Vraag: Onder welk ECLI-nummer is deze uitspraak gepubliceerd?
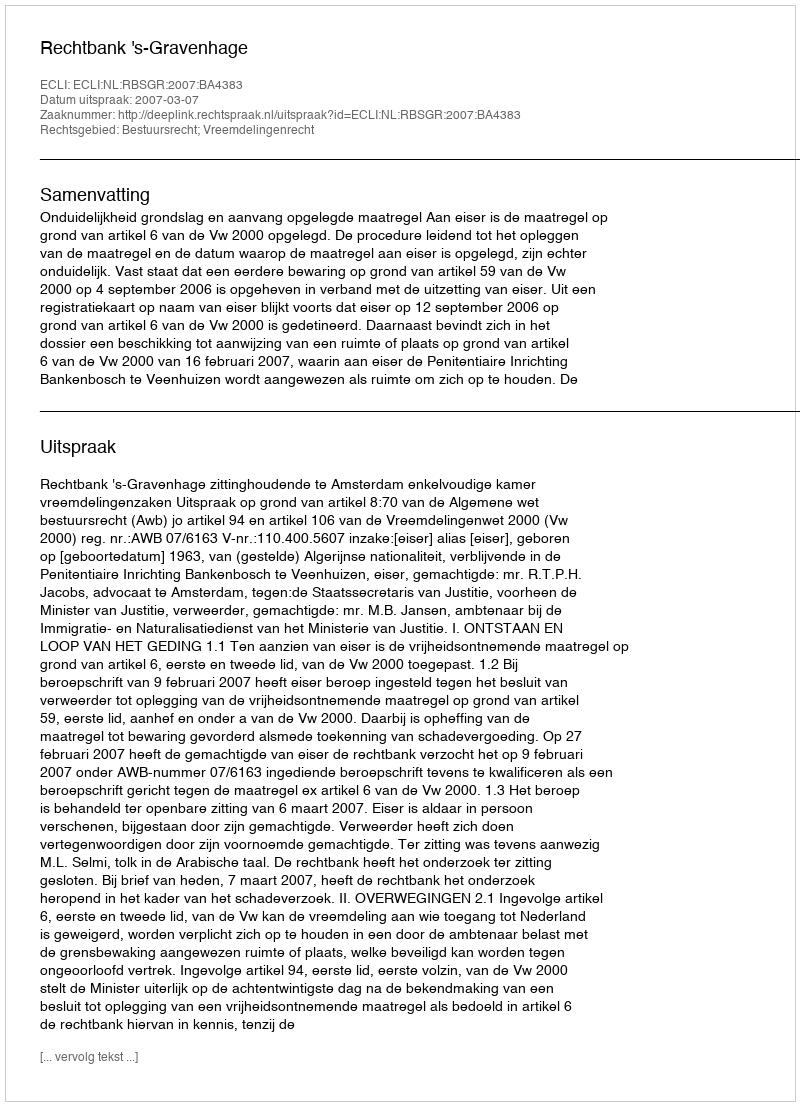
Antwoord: ECLI:NL:RBSGR:2007:BA4383